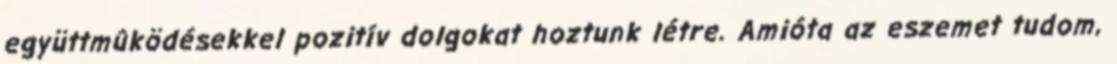
együttmûködésekkel pozitív dolgokat hoztunk létre. Amióta az eszemet tudom,